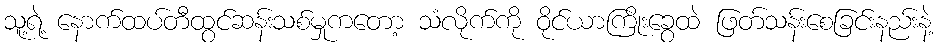
သူ့ရဲ့ နောက်ထပ်တီထွင်ဆန်းသစ်မှုကတော့ သံလိုက်ကို ဝိုင်ယာကြိုးခွေထဲ ဖြတ်သန်းစေခြင်းနည်းနဲ့